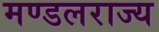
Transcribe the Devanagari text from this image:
मण्डलराज्य